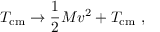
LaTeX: T _ { \mathrm { c m } } \to \frac { 1 } { 2 } M v ^ { 2 } + T _ { \mathrm { c m } } \ ,